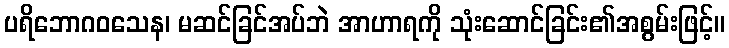
ပရိဘောဂဝသေန၊ မဆင်ခြင်အပ်ဘဲ အာဟာရကို သုံးဆောင်ခြင်း၏အစွမ်းဖြင့်။